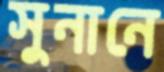
সুনানে